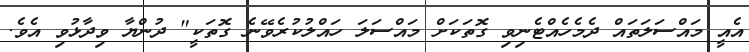
އެއީ މައްސަލަތައް ދެމެހެއްޓެނިވި ގޮތަކަށް މައްސަލަ ހައްލުކުރެވޭނެ ގޮތަކީ" ދުންޔާ ވިދާޅުވި އެވެ.